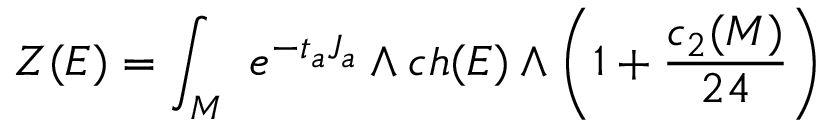
Z ( E ) = \int _ { M } \ e ^ { - t _ { a } J _ { a } } \wedge c h ( E ) \wedge \left( 1 + { \frac { c _ { 2 } ( M ) } { 2 4 } } \right)